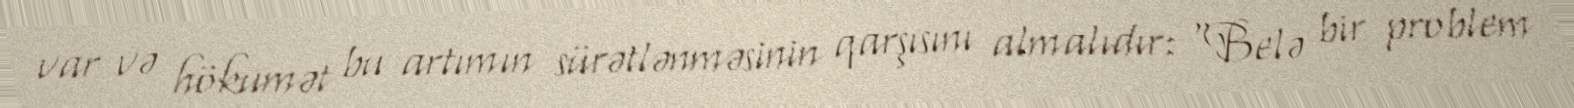
var və hökumət bu artımın sürətlənməsinin qarşısını almalıdır: “Belə bir problem